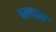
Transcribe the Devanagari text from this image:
वल्हाला